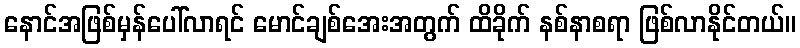
နောင်အဖြစ်မှန်ပေါ်လာရင် မောင်ချစ်အေးအတွက် ထိခိုက် နစ်နာစရာ ဖြစ်လာနိုင်တယ်။